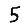
Digit: 5